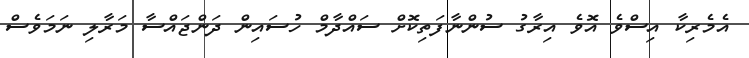
އެމެރިކާ އިސްވެ އޮވެ އިރާގު ސުންނާފަތިކޮށް ސައްދާމް ހުސައިން ދަންޖައްސާ މަރާލި ނަމަވެސް